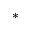
\ast